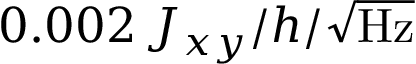
0 . 0 0 2 \, J _ { x y } / h / \sqrt \mathrm { H z }